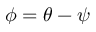
\phi = \theta - \psi